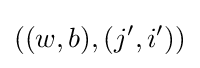
((w,b),(j',i'))